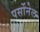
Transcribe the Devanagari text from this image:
पर्सोनेल